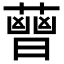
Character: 𧀈